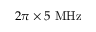
2 \pi \times 5 ~ \mathrm { M H z }